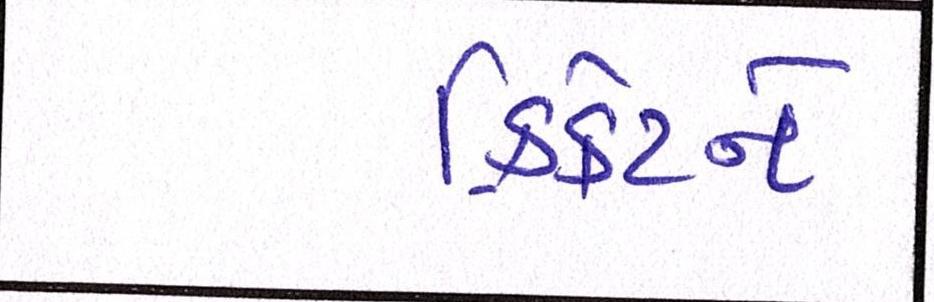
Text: ક્રિકેટને